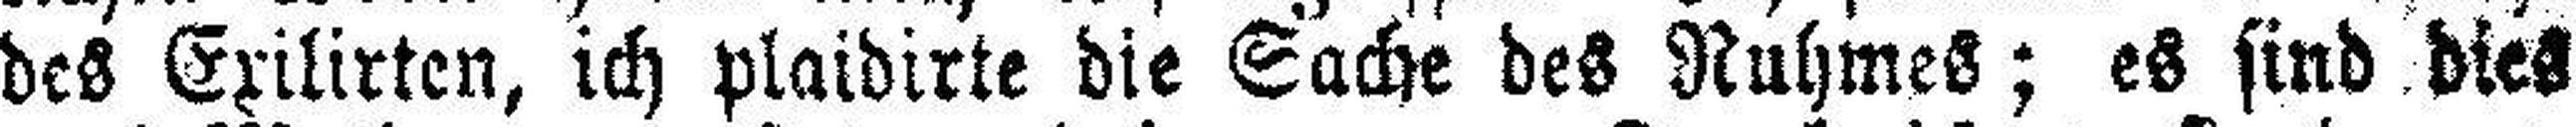
des Exilirten, ich plaidirte die Sache des Ruhmes; es sind dies